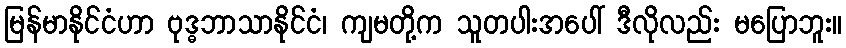
မြန်မာနိုင်ငံဟာ ဗုဒ္ဓဘာသာနိုင်ငံ၊ ကျမတို့က သူတပါးအပေါ် ဒီလိုလည်း မပြောဘူး။